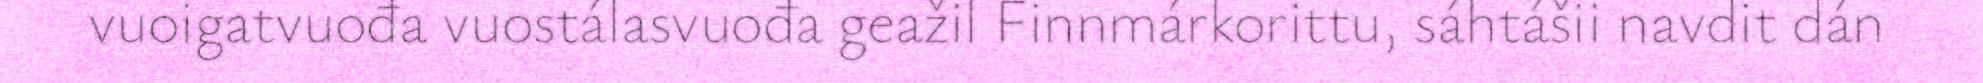
vuoigatvuođa vuostálasvuođa geažil Finnmárkorittu, sáhtášii navdit dán